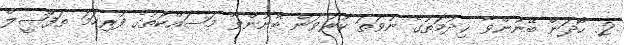
2. ހޯދަން ބޭނުންވާ ޚިދުމަތުގެ ނުވަތަ ކުރުވަން ބޭނުންވާ މަސައްކަތުގެ ފުރިހަމަ ތަފްޞީލް